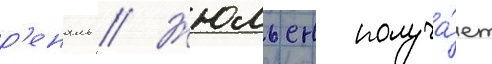
р'еналь // Жюльен получа́ет